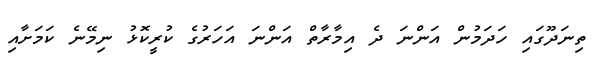
ތިނަދޫގައި ހަދަމުން އަންނަ ދެ އިމާރާތް އަންނަ އަހަރުގެ ކުރީކޮޅު ނިމޭނެ ކަމަށާއި